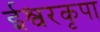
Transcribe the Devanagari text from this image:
ईश्वरकृपा